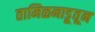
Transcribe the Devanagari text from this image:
तामिळनाडूतून